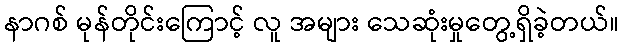
နာဂစ် မုန်တိုင်းကြောင့် လူ အများ သေဆုံးမှုတွေ့ရှိခဲ့တယ်။